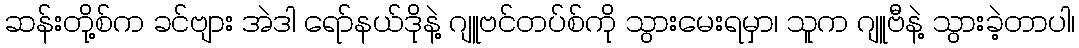
ဆန်းတို့စ်က ခင်ဗျား အဲဒါ ရော်နယ်ဒိုနဲ့ ဂျူဗင်တပ်စ်ကို သွားမေးရမှာ၊ သူက ဂျူဗီနဲ့ သွားခဲ့တာပါ၊